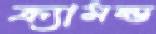
ক্র্যামন্ড